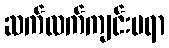
ဆက်လက်ကျင်းပရာ